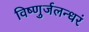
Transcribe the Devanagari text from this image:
विष्णुर्जलन्धरं